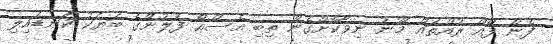
ފެން ފޯއް ރުއްތައް މޫނު ނިވާކޮށްގެން ތިބި އެސްއޯ ފުލުންގެ ބަޔަކު ކަނޑައިލި